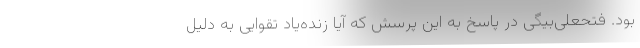
بود. فتحعلی‌بیگی در پاسخ به این پرسش که آیا زنده‌یاد تقوایی به دلیل